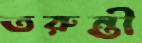
তরুন্তী